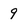
Character: 9